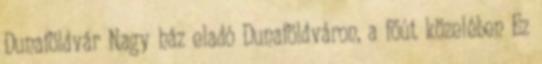
Dunaföldvár Nagy ház eladó Dunaföldváron, a főút közelében Ez